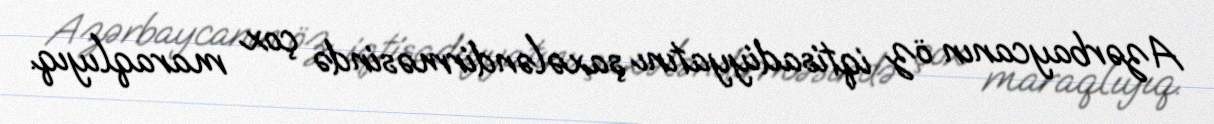
Azərbaycanın öz iqtisadiyyatını şaxələndirməsində çox maraqlıyıq.